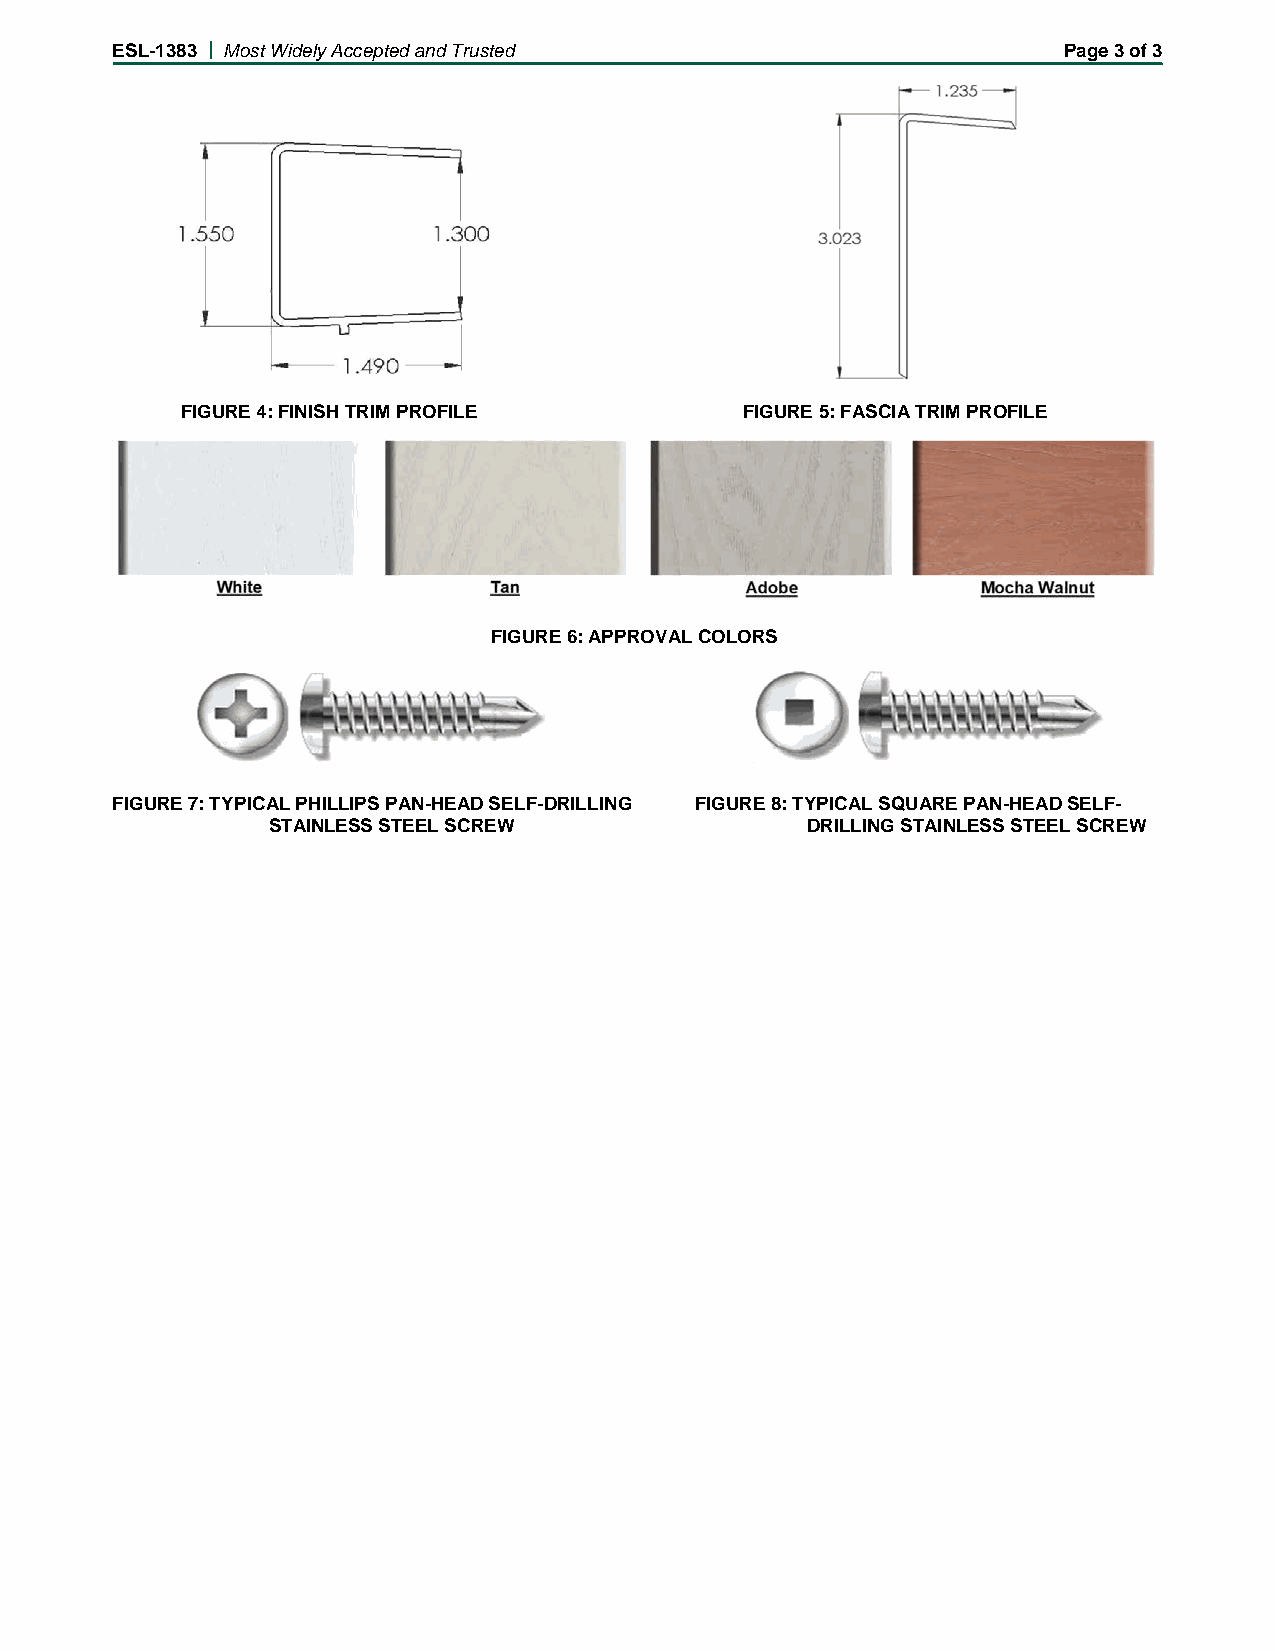
ESL-1383 | Most Widely Accepted and Trusted                    Page 3 of 3
 FIGURE 4: FINISH TRIM PROFILE        FIGURE 5: FASCIA TRIM PROFILE
 FIGURE 6: APPROVAL COLORS
 FIGURE 7: TYPICAL PHILLIPS PAN-HEAD SELF-DRILLING FIGURE 8: TYPICAL SQUARE PAN-HEAD SELF-
 STAINLESS STEEL SCREW              DRILLING STAINLESS STEEL SCREW